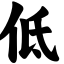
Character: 低